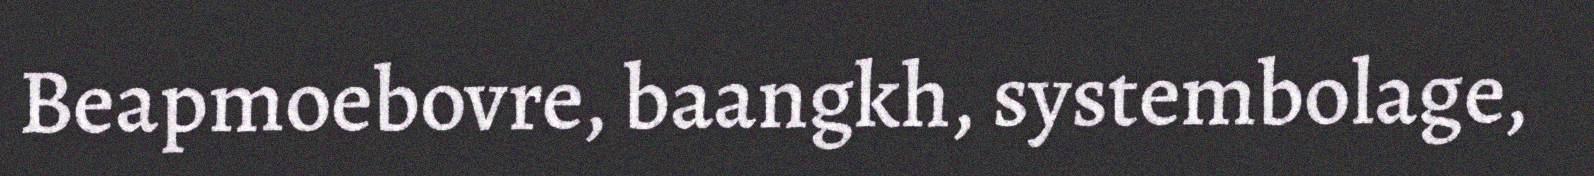
Beapmoebovre, baangkh, systembolage,